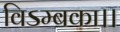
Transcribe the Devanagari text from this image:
विऽम्बका।।